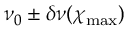
\nu _ { 0 } \pm \delta \nu ( \chi _ { \mathrm { m a x } } )